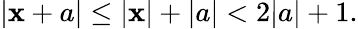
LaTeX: |\mathbf{x}+a|\leq|\mathbf{x}|+|a|<2|a|+1.